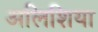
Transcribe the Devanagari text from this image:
अलिशिया